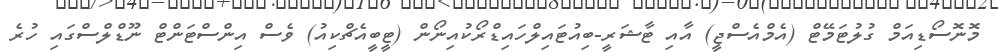
މޮނޮސޯޑިއަމް ގުލުޓަމޭޓް (އެމްއެސްޖީ) އާއި ޓާޝަރީ-ބިއުޓައިލްހައިޑްރޯކުއިނޯން (ޓީބީއެޗްކިއު) ވެސް އިންސްޓަންޓް ނޫޑްލްސްގައި ހުރެ